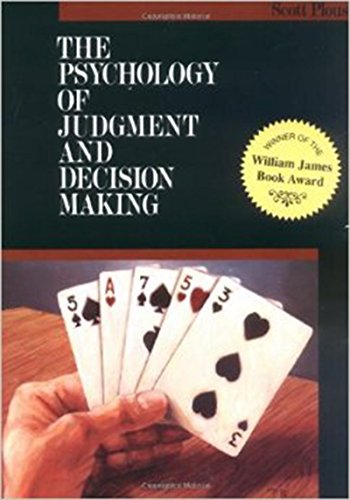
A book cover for The Psychology of Judgment and Decision Making (McGraw-Hill Series in Social Psychology); Scott Plous; Computers & Technology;